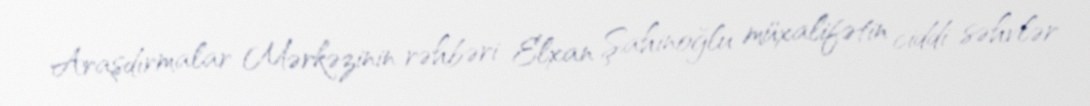
Araşdırmalar Mərkəzinin rəhbəri Elxan Şahinoğlu müxalifətin ciddi səhvlər